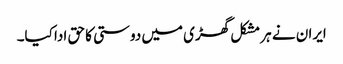
ایران نے ہر مشکل گھڑی میں دوستی کا حق ادا کیا۔